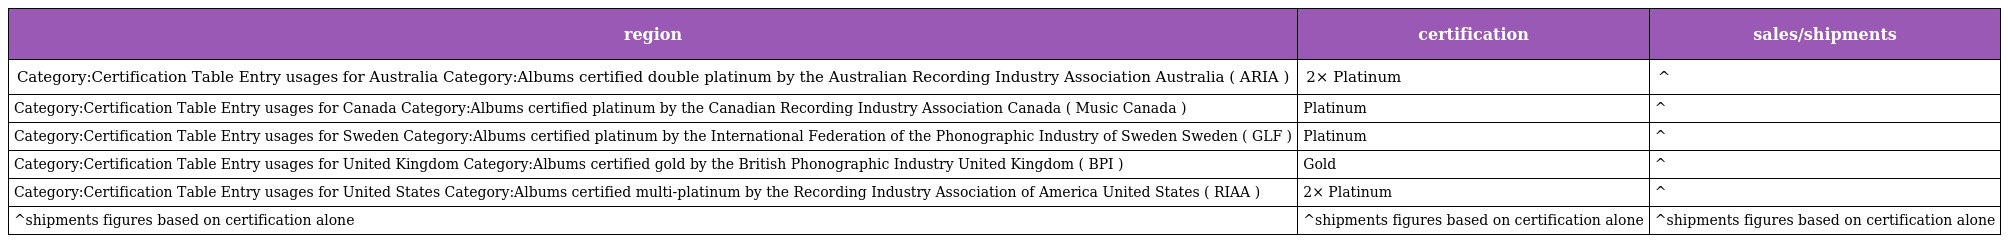
| region | certification | sales/shipments |
 | --- | --- | --- |
 | Category:Certification Table Entry usages for Australia Category:Albums certified double platinum by the Australian Recording Industry Association Australia ( ARIA ) | 2× Platinum | ^ |
 | Category:Certification Table Entry usages for Canada Category:Albums certified platinum by the Canadian Recording Industry Association Canada ( Music Canada ) | Platinum | ^ |
 | Category:Certification Table Entry usages for Sweden Category:Albums certified platinum by the International Federation of the Phonographic Industry of Sweden Sweden ( GLF ) | Platinum | ^ |
 | Category:Certification Table Entry usages for United Kingdom Category:Albums certified gold by the British Phonographic Industry United Kingdom ( BPI ) | Gold | ^ |
 | Category:Certification Table Entry usages for United States Category:Albums certified multi-platinum by the Recording Industry Association of America United States ( RIAA ) | 2× Platinum | ^ |
 | ^shipments figures based on certification alone | ^shipments figures based on certification alone | ^shipments figures based on certification alone |